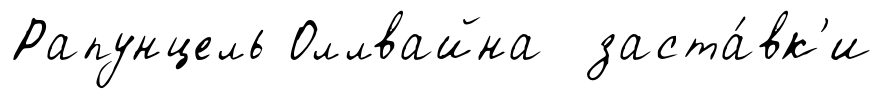
Рапунцель Оллвайна заста́вк'и